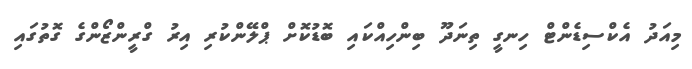
މިއަދު އެކްސިޑެންޓް ހިނގީ ތިނަދޫ ބިންހިއްކައި ބޮޑުކޮށް ޕްލޭންކުރި އިރު ގްރީންޒޯންގެ ގޮތުގައި